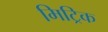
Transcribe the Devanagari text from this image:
मिट्रिक